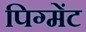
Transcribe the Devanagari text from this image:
पिग्मेंट